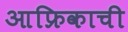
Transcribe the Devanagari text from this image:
आफ्रिकाची